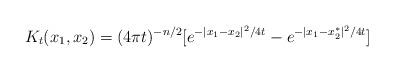
LaTeX: \begin{align*} K_t(x_1, x_2) = (4\pi t)^{-n/2}[e^{-|x_1 - x_2|^2/4t} - e^{-|x_1 - x_2^*|^2/4t}]\end{align*}